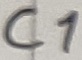
Text: C1